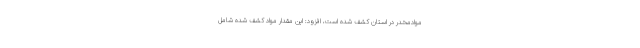
موادمخدر در استان کشف شده است، افزود: این مقدار مواد کشف شده شامل